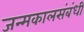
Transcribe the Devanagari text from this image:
जन्मकालसंबंधी